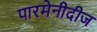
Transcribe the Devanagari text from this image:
पारमेनीदीज